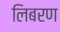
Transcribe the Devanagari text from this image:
लिबरण